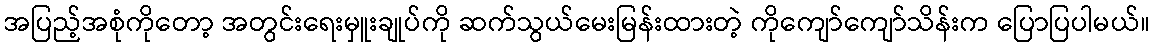
အပြည့်အစုံကိုတော့ အတွင်းရေးမှူးချုပ်ကို ဆက်သွယ်မေးမြန်းထားတဲ့ ကိုကျော်ကျော်သိန်းက ပြောပြပါမယ်။